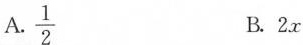
A.\frac{1}{2} B.2x